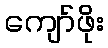
ကျော်ဖိုး